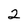
Character: 2